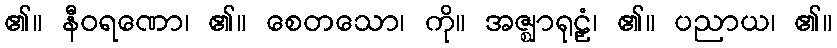
၏။ နီဝရဏော၊ ၏။ စေတသော၊ ကို။ အဇ္ဈာရုဠှံ၊ ၏။ ပညာယ၊ ၏။